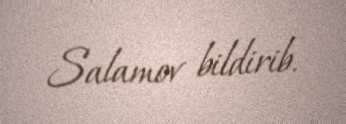
Salamov bildirib.